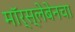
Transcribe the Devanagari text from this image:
मॉर्स्लेबेनचा